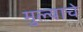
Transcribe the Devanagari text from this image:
मुल्याचे